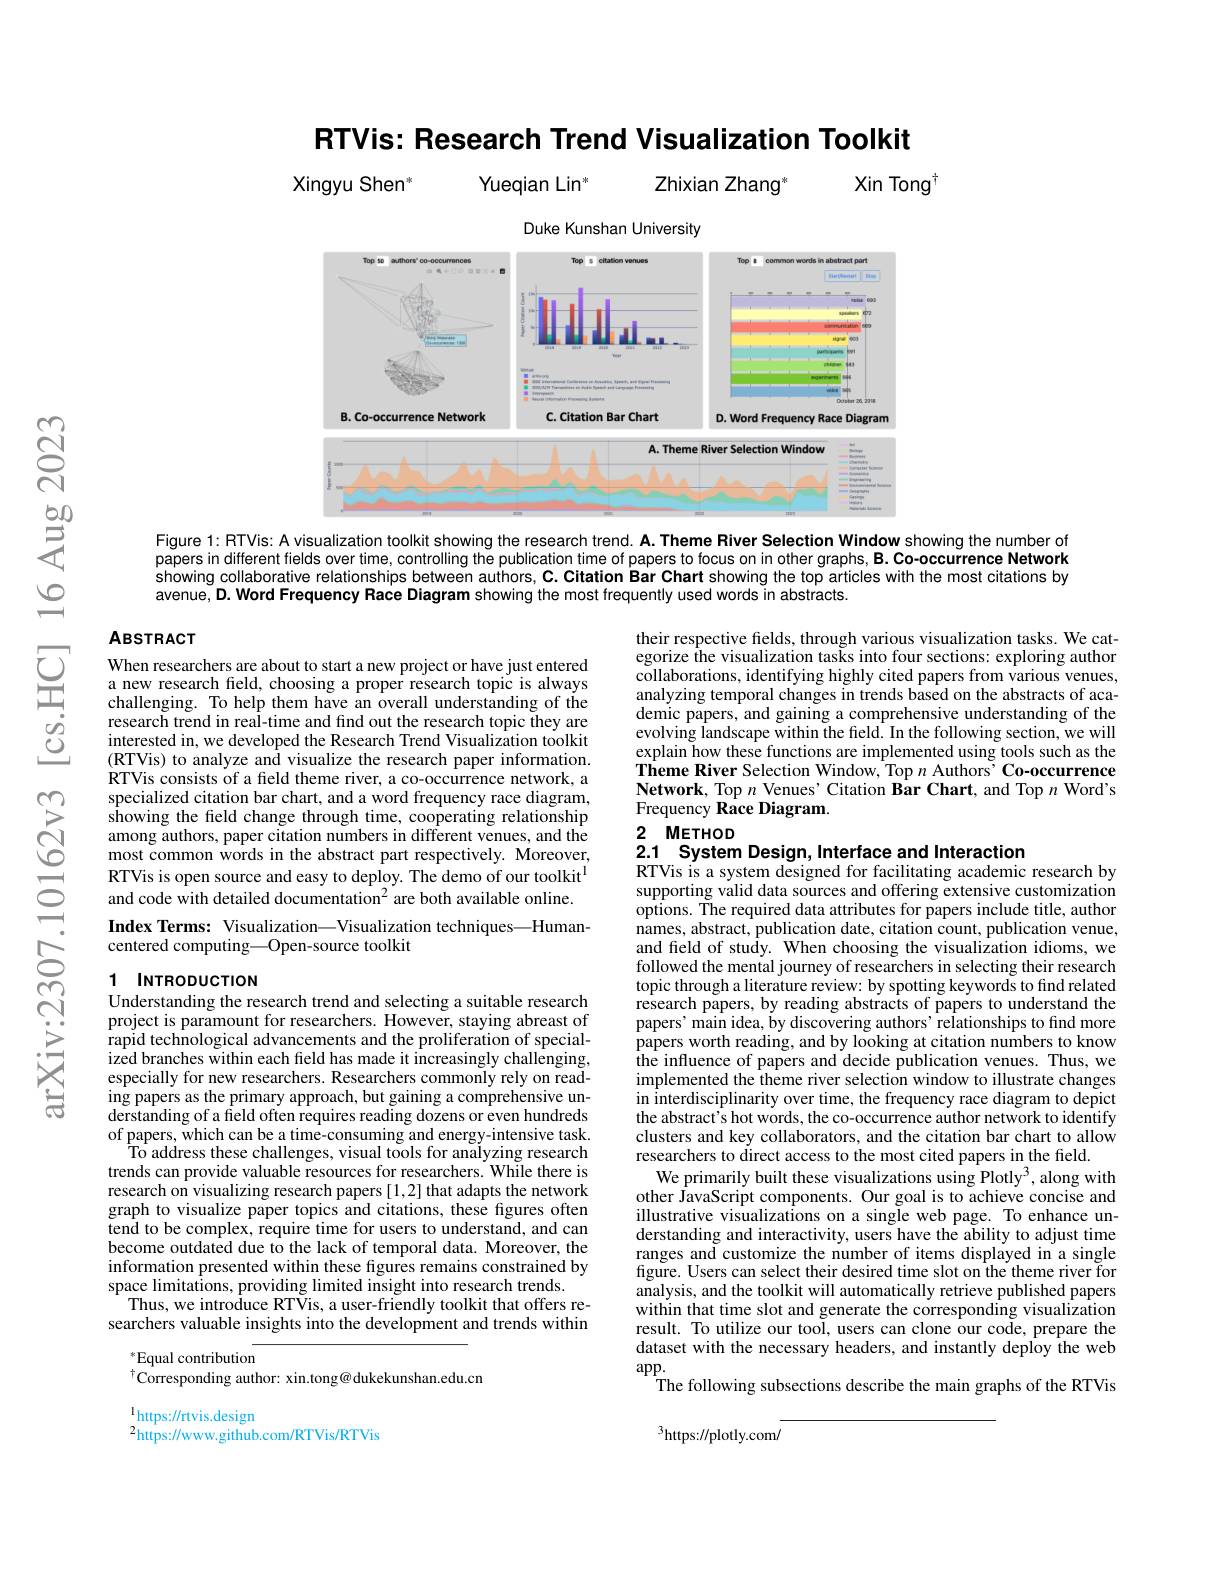
RTVis: Research Trend Visualization Toolkit

Zhixian Zhang"

Xin Tong$^{\dagger}$

Xingyu Shen"

Yueqian Lin$^{*}$

<FigureHere>
Figure 1: RTVis: A visualization toolkit showing the research trend. A. Theme River Selection Window showing the number of

papers in different fields over time, controlling the publication time of papers to focus on in other graphs, B. Co-occurrence Network showing collaborative relationships between authors, C. Citation Bar Chart showing the top articles with the most citations by avenue, D. Word Frequency Race Diagram showing the most frequently used words in abstracts.

### $ABSTRACT$

their respective fields, through various visualization tasks. We categorize the visualization tasKs into four sections: exploring author collaborations, identifying highly cited papers from various venues, analyzing temporal changes in trends based on the abstracts of academic papers, and gaining a comprehensive understanding of the evolving landscape within the field. In the following section, we will explain how these functions are implemented using tools such as the Theme River Selection Window, Top $n$ Authors' Co-occurrence $\textbf{Network, Top }n$ Venues' Citation Bar Chart, and Top $n$ Word's Frequency Race Diagram.

When researchers are about to start a new project or have just entered a new research field, choosing a proper research topic is always challenging. To help them have an overall understanding of the research trend in real-time and find out the research topic they are interested in, we developed the Research Trend Visualization toolkit (RTVis) to analyze and visualize the research paper information. RTVis consists of a feld theme river, a co-occurrence network, a specialized citation bar chart, and a word frequency race diagram, showing the field change through time, cooperating relationship among authors, paper citation numbers in different venues, and the most common words in the abstract part respectively. Moreover, RTVis is open source and easy to deploy. The demo of our toolkit$^{\mathrm{l}}$ and code with detailed documentation$^2$ are both available online. Index Terms: Visualization—Visualization techniques—Human-

2 $METHOD$
2.1 System Design, Interface and Interaction

centered computing—Open-source toolkit

### 1 $INTRODUCTION$ Understanding the research trend and selecting a suitable research

RTVis is a system designed for facilitating academic research by supporting valid data sources and offering extensive customization options. The required data attributes for papers include title, author names, abstract, publication date, citation count, publication venue, and feld of study. When choosing the visualization idioms, we followed the mental journey of researchers in selecting their research topic through a literature review: by spotting keywords to find related research papers, by reading abstracts of papers to understand the papers' main idea, by discovering authors' relationships to find more papers worth reading, and by looking at citation numbers to know the influence of papers and decide publication venues. Thus, we implemented the theme river selection window to illustrate changes in interdisciplinarity over time, the frequency race diagram to depict the abstract's hot words, the co-occurrence author network to identify clusters and key collaborators, and the citation bar chart to allow researchers to direct access to the most cited papers in the field
We primarily built these visualizations using Plotly$^3$, along with other JavaScript components. Our goal is to achieve concise and illustrative visualizations on a single web page. To enhance understanding and interactivity, users have the ability to adjust time ranges and customize the number of items displayed in a single figure. Users can select their desired time slot on the theme river for analysis, and the toolkit will automatically retrieve published papers within that time slot and generate the corresponding visualization result. To utilize our tool, users can clone our code, prepare the dataset with the necessary headers, and instantly deploy the web $\arg$p.
The following subsections describe the main graphs of the RTVis

project is paramount for researchers. However, staying abreast of rapid technological advancements and the proliferation of specialized branches within each feld has made it increasingly challenging, especially for new researchers. Researchers commonly rely on reading papers as the primary approach, but gaining a comprehensive understanding of a field often requires reading dozens or even hundreds of papers, which can be a time-consuming and energy-intensive task.
To address these challenges, visual tools for analyzing research trends can provide valuable resources for researchers. While there is research on visualizing research papers [1,2] that adapts the network graph to visualize paper topics and citations, these figures often tend to be complex, require time for users to understand, and can become outdated due to the lack of temporal data. Moreover, the information presented within these figures remains constrained by space limitations, providing limited insight into research trends.
Thus, we introduce RTVis, a user-friendly toolkit that offers researchers valuable insights into the development and trends within

$^*$Equal contribution
$^{\dagger}$Corresponding author: xin.tong@ dukekunshan.edu.cn

$^{1}$https://rtvis.design
$^{2}$https://www.github.com/RTVis/RTVis

$^3$https://plotly.com/